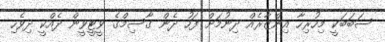
ސަބަބަކީ މިހުރިހާ އިންޒާރެއް ދިނުމަށް ފަހު ދެން ގާސިމްގެ ވީޓީވީން ދެއްކީ ދިވެހި